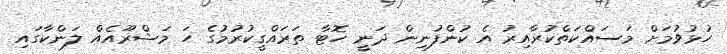
ހުޅުވުމަށް މަސައްކަތްކުރާއިރު އެ ކުންފުނިން ދަނީ ހޮޓާ ތަރައްގީކުރުމުގެ ހަ މަޝްރޫއެއް ލަންކާގައި